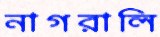
নাগরালি